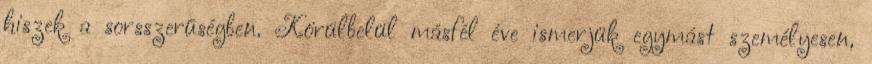
hiszek a sorsszerűségben. Körülbelül másfél éve ismerjük egymást személyesen,